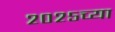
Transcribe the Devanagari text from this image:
२०२५च्या